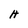
Character: H